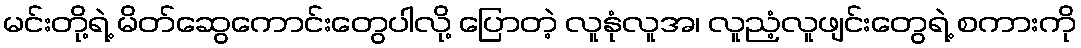
မင်းတို့ရဲ့ မိတ်ဆွေကောင်းတွေပါလို့ ပြောတဲ့ လူနုံလူအ၊ လူညံ့လူဖျင်းတွေရဲ့ စကားကို